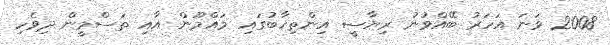
2008 ވަނަ އަހަރު ބޭއްވުނު ރިޔާސީ އިންތިޚާބުގައި މައްމޫން އާއި ތަސްމީން ދިވެހި